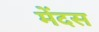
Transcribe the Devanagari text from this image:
मेंदस